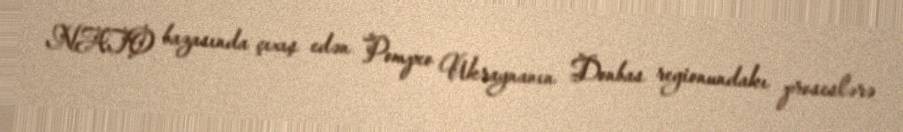
NATO bazasında çıxış edən Pompeo Ukraynanın Donbas regionundakı proseslərə